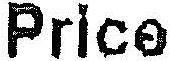
PRICE